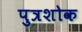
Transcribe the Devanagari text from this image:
पुत्रशोक